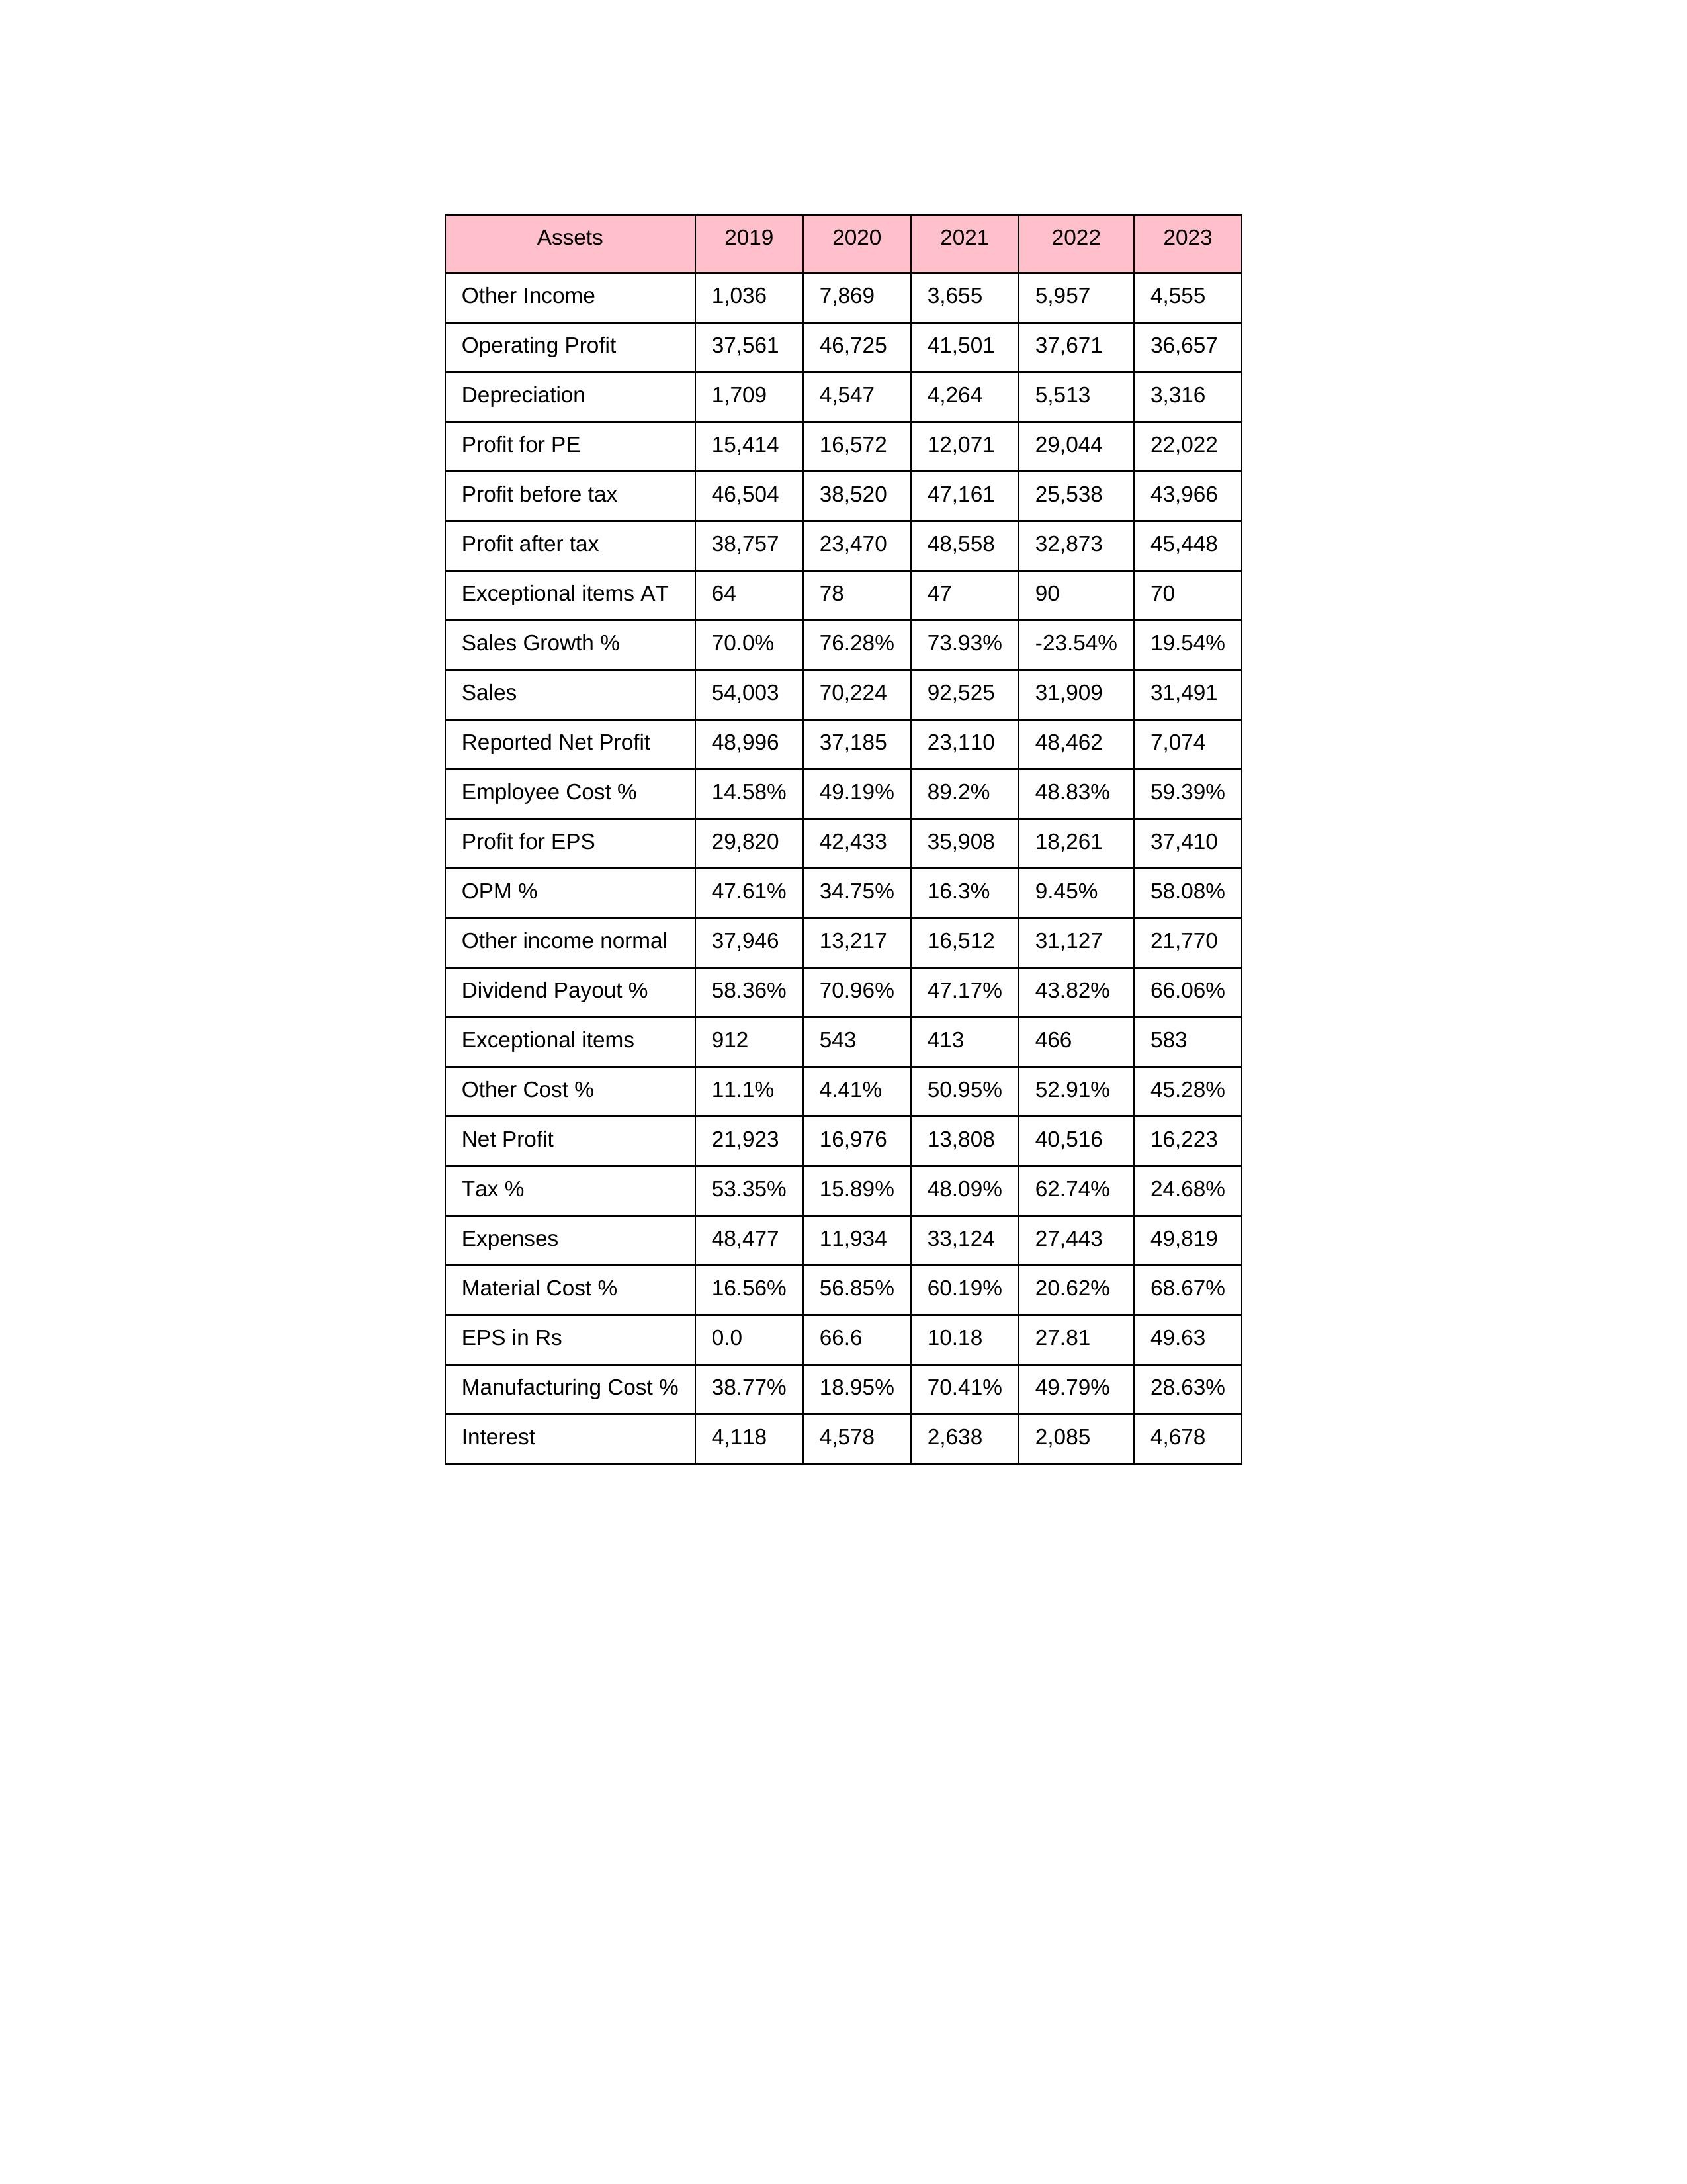
gt_parse: 2019: Sales: 54,003
Sales Growth %: 70.0%
Expenses: 48,477
Material Cost %: 16.56%
Manufacturing Cost %: 38.77%
Employee Cost %: 14.58%
Other Cost %: 11.1%
Operating Profit: 37,561
OPM %: 47.61%
Other Income: 1,036
Exceptional items: 912
Other income normal: 37,946
Interest: 4,118
Depreciation: 1,709
Profit before tax: 46,504
Tax %: 53.35%
Net Profit: 21,923
Profit after tax: 38,757
Reported Net Profit: 48,996
Profit for EPS: 29,820
Exceptional items AT: 64
Profit for PE: 15,414
EPS in Rs: 0
Dividend Payout %: 58.36%
2020: Sales: 70,224
Sales Growth %: 76.28%
Expenses: 11,934
Material Cost %: 56.85%
Manufacturing Cost %: 18.95%
Employee Cost %: 49.19%
Other Cost %: 4.41%
Operating Profit: 46,725
OPM %: 34.75%
Other Income: 7,869
Exceptional items: 543
Other income normal: 13,217
Interest: 4,578
Depreciation: 4,547
Profit before tax: 38,520
Tax %: 15.89%
Net Profit: 16,976
Profit after tax: 23,470
Reported Net Profit: 37,185
Profit for EPS: 42,433
Exceptional items AT: 78
Profit for PE: 16,572
EPS in Rs: 66.6
Dividend Payout %: 70.96%
2021: Sales: 92,525
Sales Growth %: 73.93%
Expenses: 33,124
Material Cost %: 60.19%
Manufacturing Cost %: 70.41%
Employee Cost %: 89.2%
Other Cost %: 50.95%
Operating Profit: 41,501
OPM %: 16.3%
Other Income: 3,655
Exceptional items: 413
Other income normal: 16,512
Interest: 2,638
Depreciation: 4,264
Profit before tax: 47,161
Tax %: 48.09%
Net Profit: 13,808
Profit after tax: 48,558
Reported Net Profit: 23,110
Profit for EPS: 35,908
Exceptional items AT: 47
Profit for PE: 12,071
EPS in Rs: 10.18
Dividend Payout %: 47.17%
2022: Sales: 31,909
Sales Growth %: -23.54%
Expenses: 27,443
Material Cost %: 20.62%
Manufacturing Cost %: 49.79%
Employee Cost %: 48.83%
Other Cost %: 52.91%
Operating Profit: 37,671
OPM %: 9.45%
Other Income: 5,957
Exceptional items: 466
Other income normal: 31,127
Interest: 2,085
Depreciation: 5,513
Profit before tax: 25,538
Tax %: 62.74%
Net Profit: 40,516
Profit after tax: 32,873
Reported Net Profit: 48,462
Profit for EPS: 18,261
Exceptional items AT: 90
Profit for PE: 29,044
EPS in Rs: 27.81
Dividend Payout %: 43.82%
2023: Sales: 31,491
Sales Growth %: 19.54%
Expenses: 49,819
Material Cost %: 68.67%
Manufacturing Cost %: 28.63%
Employee Cost %: 59.39%
Other Cost %: 45.28%
Operating Profit: 36,657
OPM %: 58.08%
Other Income: 4,555
Exceptional items: 583
Other income normal: 21,770
Interest: 4,678
Depreciation: 3,316
Profit before tax: 43,966
Tax %: 24.68%
Net Profit: 16,223
Profit after tax: 45,448
Reported Net Profit: 7,074
Profit for EPS: 37,410
Exceptional items AT: 70
Profit for PE: 22,022
EPS in Rs: 49.63
Dividend Payout %: 66.06%